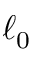
\ell _ { 0 }